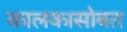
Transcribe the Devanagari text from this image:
कालकासोबत